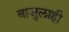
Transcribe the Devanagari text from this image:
बाजुलाही